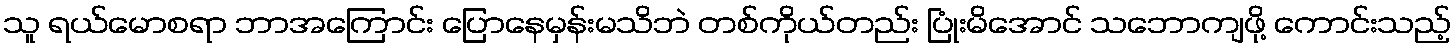
သူ ရယ်မောစရာ ဘာအကြောင်း ပြောနေမှန်းမသိဘဲ တစ်ကိုယ်တည်း ပြုံးမိအောင် သဘောကျဖို့ ကောင်းသည့်